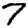
Digit: 7